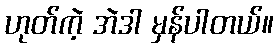
ဟုတ်ကဲ့ အဲဒါ မှန်ပါတယ်။